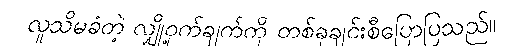
လူသိမခံတဲ့ လျှို့ဝှက်ချက်ကို တစ်ခုချင်းစီပြောပြသည်။